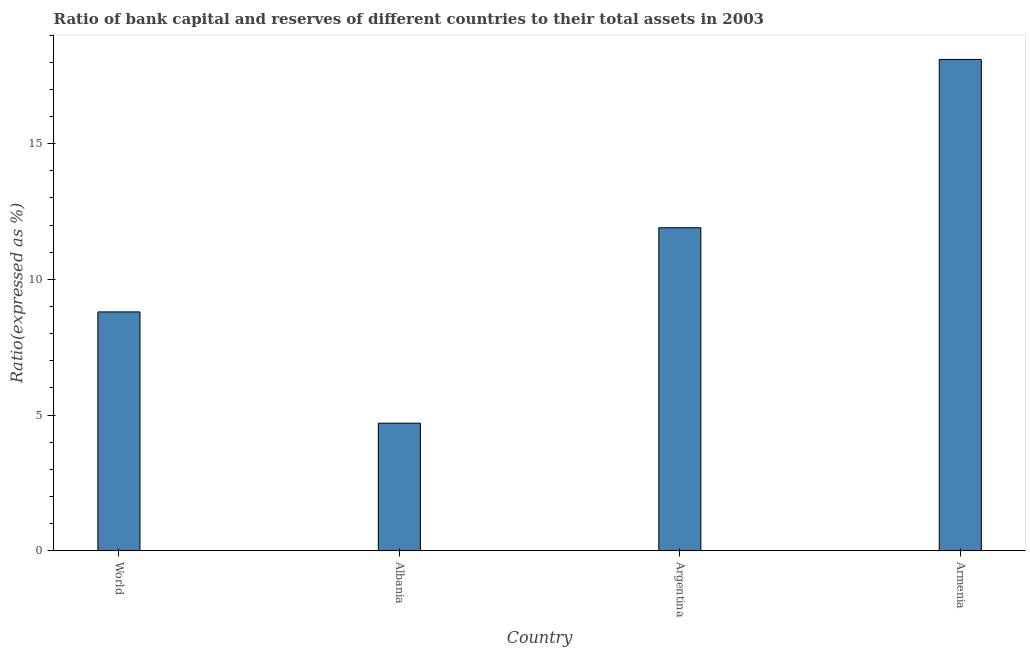
| Country | Bank capital to assets ratio |
 | --- | --- |
 | World | 8.8 |
 | Albania | 4.7 |
 | Argentina | 11.9 |
 | Armenia | 18.1 |